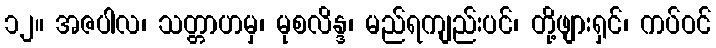
၁၂။ အဇပါလ၊ သတ္တာဟမှ၊ မုစလိန္ဒ၊ မည်ရကျည်းပင်၊ တို့ဖျားရှင်၊ ကပ်ဝင်